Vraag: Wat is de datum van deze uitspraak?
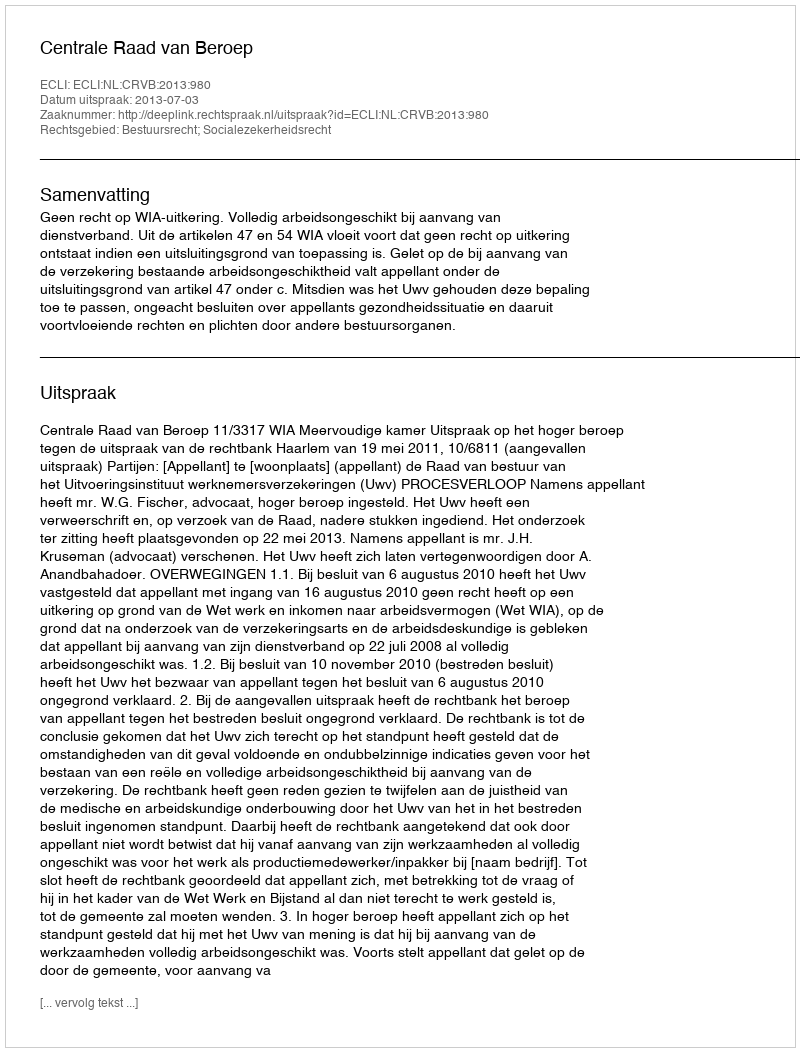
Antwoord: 2013-07-03